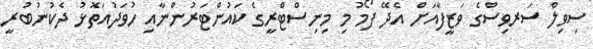
ސިވިލް ސަރވިސްގެ ވަޒީފާއަށް އެދޭ ފޯމު މި މިނިސްޓްރީގެ ކައުންޓަރުންނާއި ހުވަދުއަތޮޅު ދެކުނުބުރީ